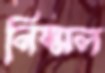
নিম্মল